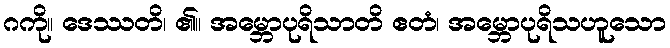
ဂကို။ ဒေဿတိ၊ ၏။ အမ္ဘောပုရိသာတိ ဧတံ၊ အမ္ဘောပုရိသဟူသော